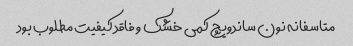
متاسفانه نون ساندویچ کمی خشک و فاقد کیفیت مطلوب بود